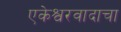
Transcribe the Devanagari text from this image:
एकेश्वरवादाचा